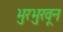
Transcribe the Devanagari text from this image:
भुरभुरवून